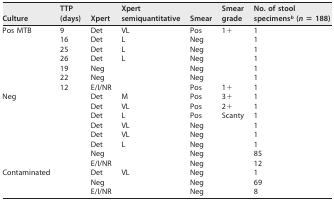
<table><thead><tr><td><b>Culture</b></td><td><b>TTP (days)</b></td><td><b>Xpert</b></td><td><b>Xpert semiquantitative</b></td><td><b>Smear</b></td><td><b>Smear grade</b></td><td><b>No. of stool specimens<sup><i>b</i></sup> (<i>n</i> = 188)</b></td></tr></thead><tbody><tr><td>Pos MTB</td><td>9</td><td>Det</td><td>VL</td><td>Pos</td><td>1+</td><td>1</td></tr><tr><td></td><td>16</td><td>Det</td><td>L</td><td>Neg</td><td></td><td>1</td></tr><tr><td></td><td>25</td><td>Det</td><td>L</td><td>Neg</td><td></td><td>1</td></tr><tr><td></td><td>26</td><td>Det</td><td>L</td><td>Neg</td><td></td><td>1</td></tr><tr><td></td><td>19</td><td>Neg</td><td></td><td>Neg</td><td></td><td>1</td></tr><tr><td></td><td>22</td><td>Neg</td><td></td><td>Neg</td><td></td><td>1</td></tr><tr><td></td><td>12</td><td>E/I/NR</td><td></td><td>Pos</td><td>1+</td><td>1</td></tr><tr><td>Neg</td><td></td><td>Det</td><td>M</td><td>Pos</td><td>3+</td><td>1</td></tr><tr><td></td><td></td><td>Det</td><td>VL</td><td>Pos</td><td>2+</td><td>1</td></tr><tr><td></td><td></td><td>Det</td><td>L</td><td>Pos</td><td>Scanty</td><td>1</td></tr><tr><td></td><td></td><td>Det</td><td>VL</td><td>Neg</td><td></td><td>1</td></tr><tr><td></td><td></td><td>Det</td><td>VL</td><td>Neg</td><td></td><td>1</td></tr><tr><td></td><td></td><td>Det</td><td>L</td><td>Neg</td><td></td><td>1</td></tr><tr><td></td><td></td><td>Neg</td><td></td><td>Neg</td><td></td><td>85</td></tr><tr><td></td><td></td><td>E/I/NR</td><td></td><td>Neg</td><td></td><td>12</td></tr><tr><td>Contaminated</td><td></td><td>Det</td><td>VL</td><td>Neg</td><td></td><td>1</td></tr><tr><td></td><td></td><td>Neg</td><td></td><td>Neg</td><td></td><td>69</td></tr><tr><td></td><td></td><td>E/I/NR</td><td></td><td>Neg</td><td></td><td>8</td></tr></tbody></table>